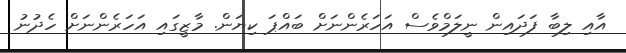
އާއި ލިބާ ފަދައިން ނީލަމްވެސް އަހަރެންނަށް ބައްޕަ ކިޔަން. މާޒީގައި އަހަރެންނަށް ހެދުނު